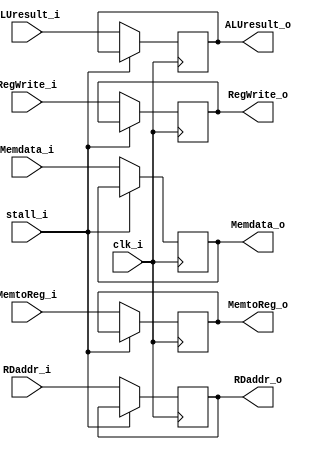
module MEM_WB
(
    clk_i,
    MemtoReg_i,
    RegWrite_i,

    Memdata_i,
    ALUresult_i,
    RDaddr_i,
	stall_i,

    MemtoReg_o,
    RegWrite_o,

    Memdata_o,
    ALUresult_o,
    RDaddr_o
);

// Ports
input               clk_i, MemtoReg_i, RegWrite_i, stall_i;
input   [4:0]       RDaddr_i;
input   [31:0]      Memdata_i, ALUresult_i;
output				MemtoReg_o, RegWrite_o;
output  [4:0]       RDaddr_o;
output  [31:0]      Memdata_o, ALUresult_o;

reg					MemtoReg_o, RegWrite_o;
reg  [4:0]       	RDaddr_o;
reg  [31:0]      	Memdata_o, ALUresult_o;

initial begin
	MemtoReg_o = 1'b0;
	RegWrite_o = 1'b0;
end

always@(posedge clk_i) begin
	if(~stall_i) begin
    	MemtoReg_o <= MemtoReg_i;
    	RegWrite_o <= RegWrite_i;
    	RDaddr_o <= RDaddr_i;
    	Memdata_o <= Memdata_i;
    	ALUresult_o <= ALUresult_i;
	end
	else begin
    	MemtoReg_o <= MemtoReg_o;
    	RegWrite_o <= RegWrite_o;
    	RDaddr_o <= RDaddr_o;
    	Memdata_o <= Memdata_o;
    	ALUresult_o <= ALUresult_o;
	end
    //$display("RDaddr: %b", RDaddr_o);
end

endmodule